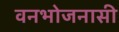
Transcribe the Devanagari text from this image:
वनभोजनासी